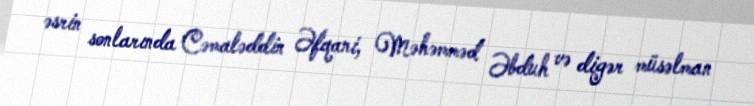
əsrin sonlarında Cəmaləddin Əfqani, Məhəmməd Əbduh və digər müsəlman